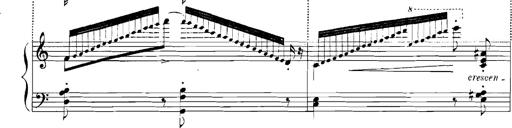
Title: Rhapsodies hongroises
Composer: Franz Liszt